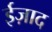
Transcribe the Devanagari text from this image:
ईज़ाद